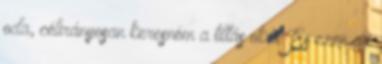
oda, célirányosan keresném a tiltás okát. És ezen az